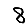
Digit: 8